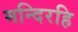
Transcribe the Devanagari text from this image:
मन्दिरहि